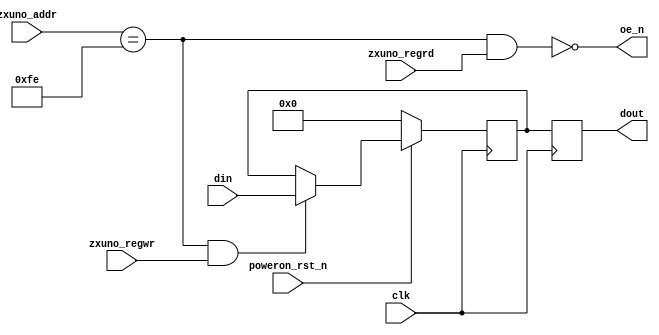
`timescale 1ns / 1ps
`default_nettype none

//////////////////////////////////////////////////////////////////////////////////
// Company: 
// Engineer: 
// 
// Design Name: 
// Module Name:    scratch_register 
// Project Name: 
// Target Devices: 
// Tool versions: 
// Description: 
//
// Dependencies: 
//
// Revision: 
// Revision 0.01 - File Created
// Additional Comments: 
//
//////////////////////////////////////////////////////////////////////////////////
module scratch_register(
    input wire clk,
    input wire poweron_rst_n,
    input wire [7:0] zxuno_addr,
    input wire zxuno_regrd,
    input wire zxuno_regwr,
    input wire [7:0] din,
    output reg [7:0] dout,
    output wire oe_n
    );

    parameter SCRATCH = 8'hFE;
    
    assign oe_n = ~(zxuno_addr == SCRATCH && zxuno_regrd == 1'b1);
    reg [7:0] scratch = 8'h00;  // initial value
    always @(posedge clk) begin
        if (poweron_rst_n == 1'b0)
            scratch <= 8'h00;  // or after a hardware reset (not implemented yet)
        else if (zxuno_addr == SCRATCH && zxuno_regwr == 1'b1)
            scratch <= din;
        dout <= scratch;
    end
endmodule